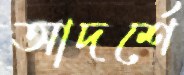
আদর্শে